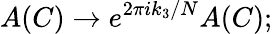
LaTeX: A(C)\rightarrow e^{2\pi ik_{3}/N}A(C);